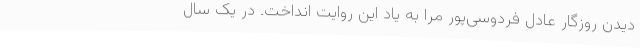
دیدن روزگار عادل فردوسی‌پور مرا به یاد این روایت انداخت. در یک سال